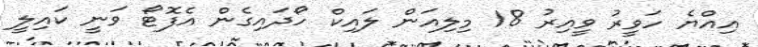
އިއްޔެ ހަވީރު ވީއިރު 18 މިލިއަން ލައިކް ހޯދައިގެން އެފޮޓޯ ވަނީ ކައިލީ